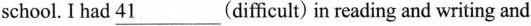
school. I had 41___(difficult) in reading and writing and